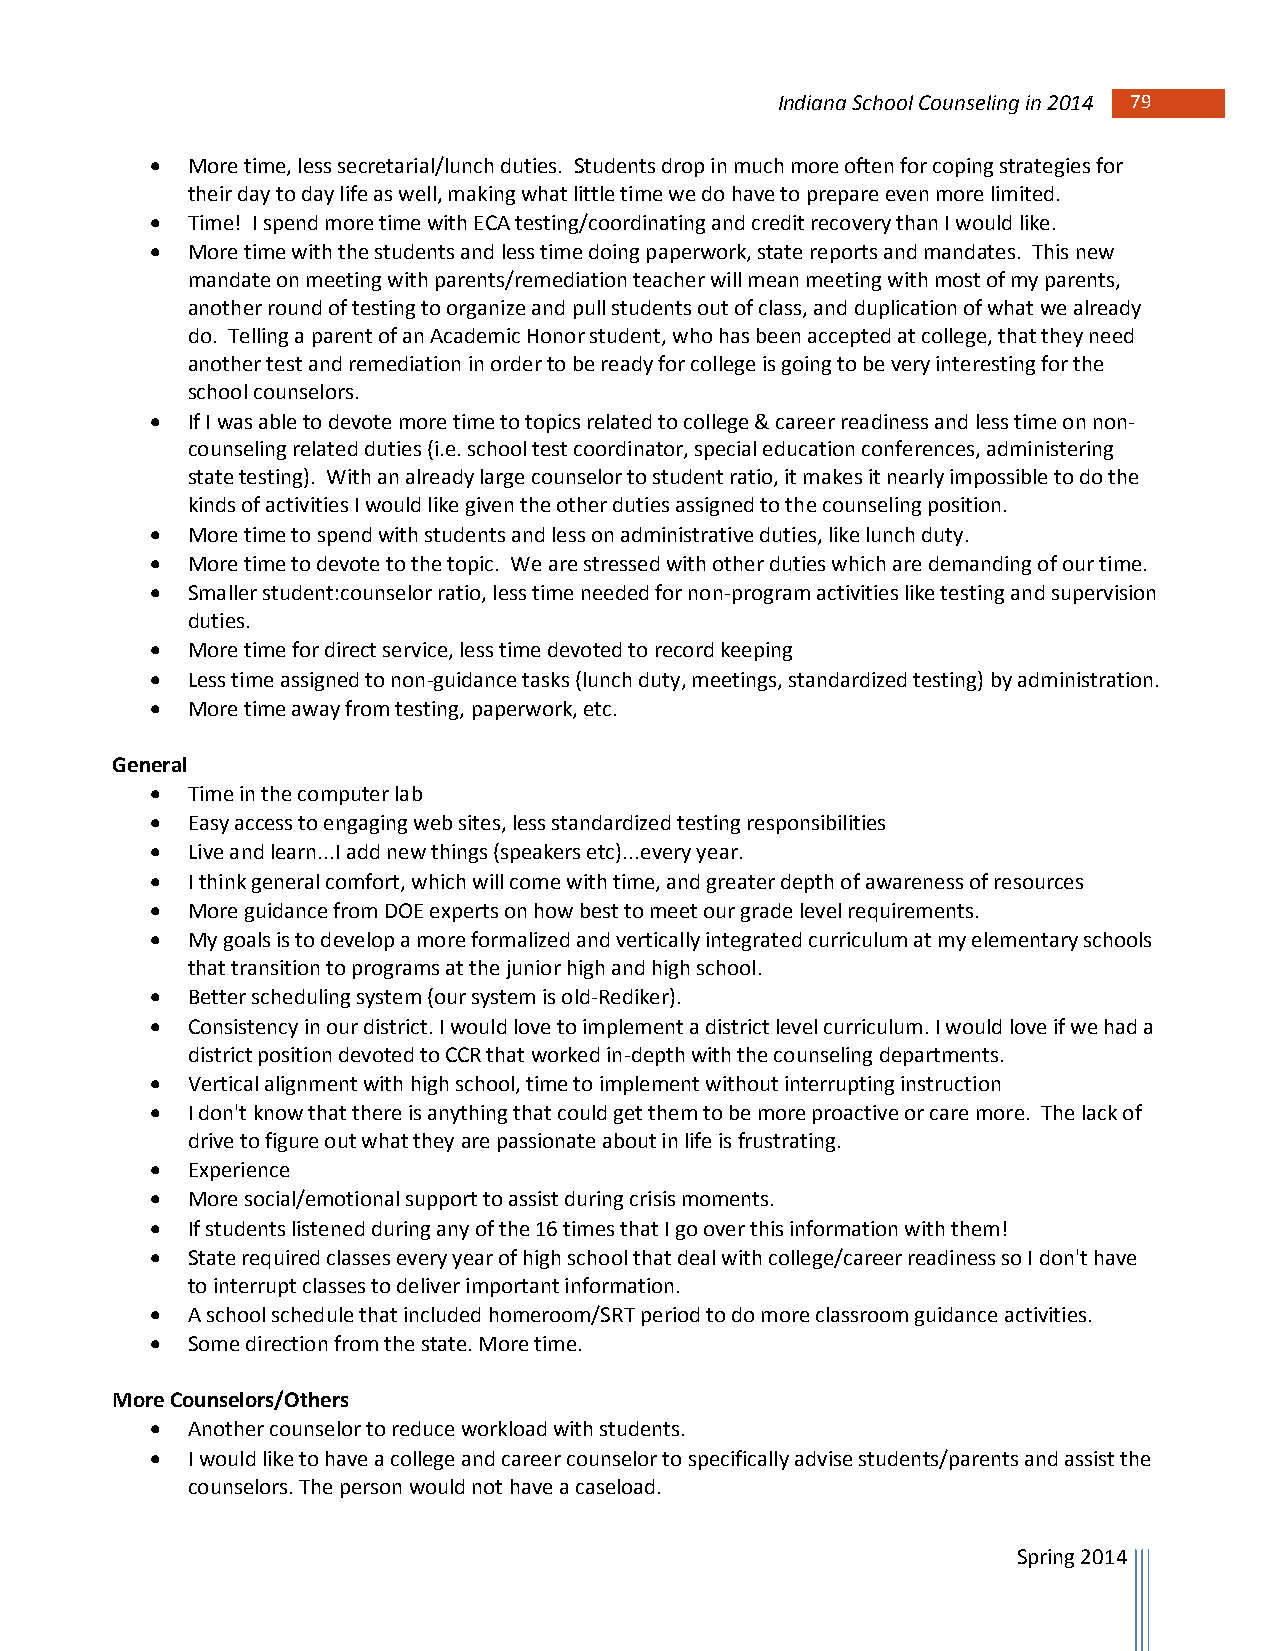
Indiana School Counseling in 2014 79 79
  More time, less secretarial/lunch duties. Students drop in much more often for coping strategies for
 their day to day life as well, making what little time we do have to prepare even more limited.
  Time! I spend more time with ECA testing/coordinating and credit recovery than I would like.
  More time with the students and less time doing paperwork, state reports and mandates. This new
 mandate on meeting with parents/remediation teacher will mean meeting with most of my parents,
 another round of testing to organize and pull students out of class, and duplication of what we already
 do. Telling a parent of an Academic Honor student, who has been accepted at college, that they need
 another test and remediation in order to be ready for college is going to be very interesting for the
 school counselors.
  If I was able to devote more time to topics related to college & career readiness and less time on non-
 counseling related duties (i.e. school test coordinator, special education conferences, administering
 state testing). With an already large counselor to student ratio, it makes it nearly impossible to do the
 kinds of activities I would like given the other duties assigned to the counseling position.
  More time to spend with students and less on administrative duties, like lunch duty.
  More time to devote to the topic. We are stressed with other duties which are demanding of our time.
  Smaller student:counselor ratio, less time needed for non-program activities like testing and supervision
 duties.
  More time for direct service, less time devoted to record keeping
  Less time assigned to non-guidance tasks (lunch duty, meetings, standardized testing) by administration.
  More time away from testing, paperwork, etc.
 General
  Time in the computer lab
  Easy access to engaging web sites, less standardized testing responsibilities
  Live and learn...I add new things (speakers etc)...every year.
  I think general comfort, which will come with time, and greater depth of awareness of resources
  More guidance from DOE experts on how best to meet our grade level requirements.
  My goals is to develop a more formalized and vertically integrated curriculum at my elementary schools
 that transition to programs at the junior high and high school.
  Better scheduling system (our system is old-Rediker).
  Consistency in our district. I would love to implement a district level curriculum. I would love if we had a
 district position devoted to CCR that worked in-depth with the counseling departments.
  Vertical alignment with high school, time to implement without interrupting instruction
  I don't know that there is anything that could get them to be more proactive or care more. The lack of
 drive to figure out what they are passionate about in life is frustrating.
  Experience
  More social/emotional support to assist during crisis moments.
  If students listened during any of the 16 times that I go over this information with them!
  State required classes every year of high school that deal with college/career readiness so I don't have
 to interrupt classes to deliver important information.
  A school schedule that included homeroom/SRT period to do more classroom guidance activities.
  Some direction from the state. More time.
 More Counselors/Others
  Another counselor to reduce workload with students.
  I would like to have a college and career counselor to specifically advise students/parents and assist the
 counselors. The person would not have a caseload.
 Spring 2014